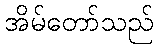
အိမ်တော်သည်